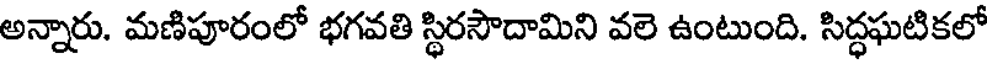
అన్నారు. మణిపూరంలో భగవతి స్థిరసౌదామిని వలె ఉంటుంది. సిద్ధఘటికలో